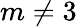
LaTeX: m\neq 3